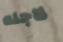
لاجله